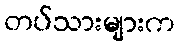
တပ်သားများက